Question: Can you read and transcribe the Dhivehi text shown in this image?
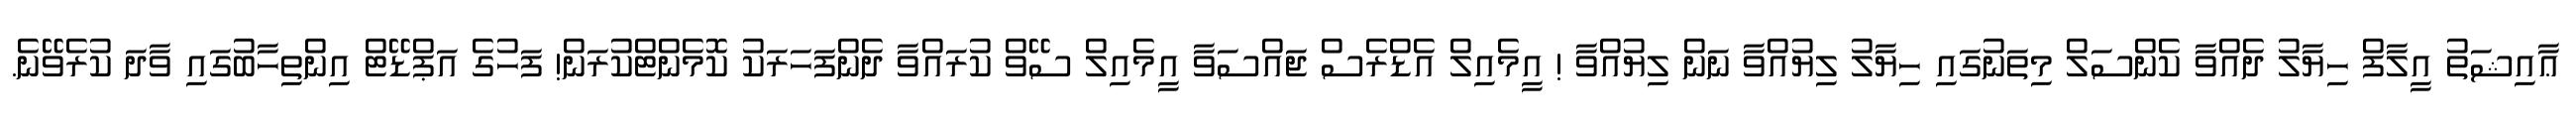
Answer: ޢާއިޝަތު އީލާފް ހިޔާލު ދެއްވާ ކެންސަލް މިތަނުގައި ހިޔާލު ލިޔުއްވާ ނަން ލިޔުއްވާ ! އީމެއިލް އެޑްރެސް ޖައްސަވާ އީމެއިލް ސޭވް ކުރައްވާ ދެންފަހަރަކު ކޮމެންޓްކުރަން! ފަހުގެ އަޕްޑޭޓް އިންތިހާބުގައި ވާދަ ކުރެވޭނެ.